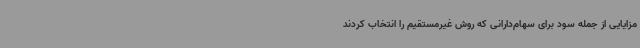
مزایایی از جمله سود برای سهام‌دارانی که روش غیرمستقیم را انتخاب کردند